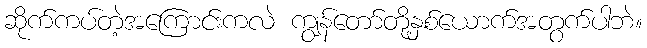
ဆိုက်ကပ်တဲ့အကြောင်းကလဲ ကျွန်တော်တို့နှစ်ယောက်အတွက်ပါဘဲ။